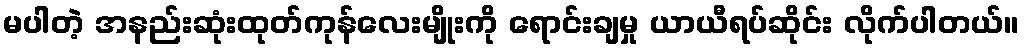
မပါတဲ့ အနည်းဆုံးထုတ်ကုန်လေးမျိုးကို ရောင်းချမှု ယာယီရပ်ဆိုင်း လိုက်ပါတယ်။